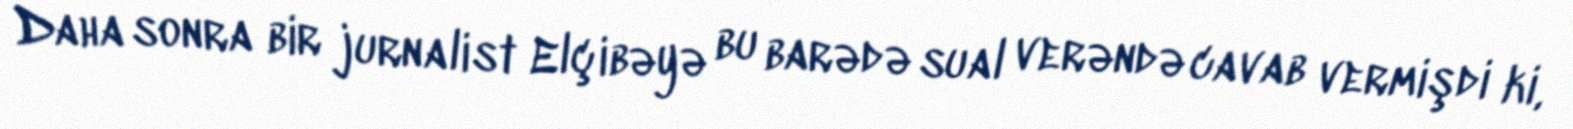
Daha sonra bir jurnalist Elçibəyə bu barədə sual verəndə cavab vermişdi ki,